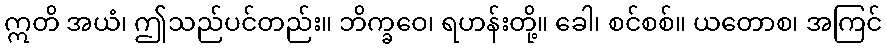
ဣတိ အယံ၊ ဤသည်ပင်တည်း။ ဘိက္ခဝေ၊ ရဟန်းတို့။ ခေါ၊ စင်စစ်။ ယတောစ၊ အကြင်